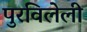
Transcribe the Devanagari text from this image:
पुरविलेली